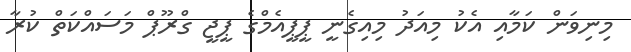
މިނިވަން ކަމާއި އެކު މިއަދު މިއިގެނީ ޕީޕީއެމްގެ ޕީޖީ ގްރޫޕް މަސައްކަތް ކުރާ